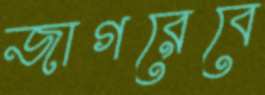
জাগরেবে